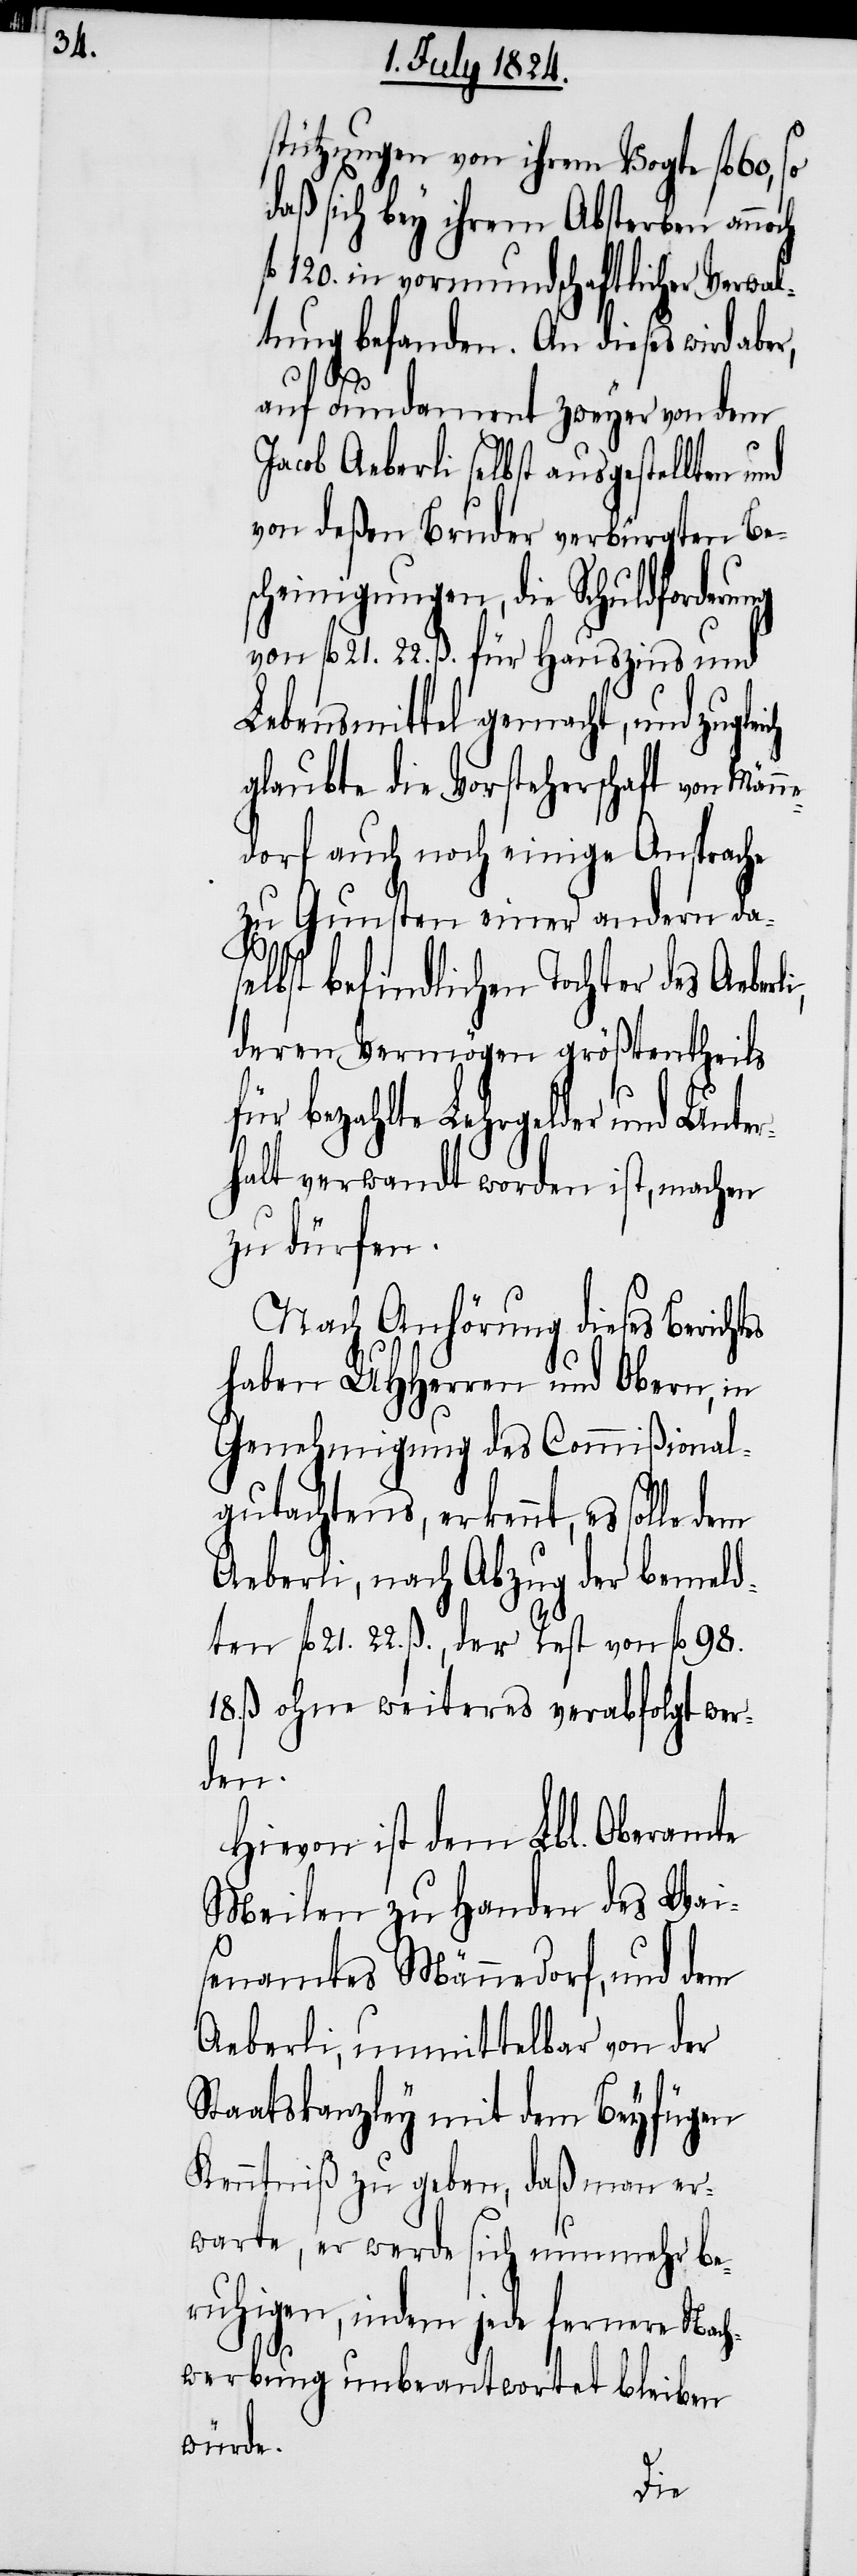
stützungen von ihrem Vogte fl. 60,
daß sich bey ihrem Absterben annoch
120. in vormundschaftlicher Verwal¬
tung befanden. An dieses wird abe¬
es
ich
auf Fundament zweyer von dem
Jacob Aeberli selbst ausgestellten
von deßen Bruder verbürgten Be¬
scheinigungen, die Schuldforderung
von fl. 21. 22. ß. für Hauszins und
Lebensmittel gemacht, und zugle¬
glaubte die Vorsteherschaft von Männ¬
edorf auch noch einige Ansprache
zu Gunsten einer andern das¬
elbst befindlichen Tochter des
deren Vermögen größtentheils
für bezahlte Lehrgelder und Unter¬
halt verwandt worden ist, machen
zu dürfen.
Nach Anhörung dieses Bericht¬
haben UHHerren und Obern, in
Genehmigung des Commißional¬
gutachtens, erkennt, es solle
Aeberli, nach Abzug der bemeld¬
ten fl. 21. 22. ß., der Rest von fl. 98.
18. ß. ohne weiters verabfolgt wer¬
den.
Hiervon ist dem Lbl. Oberamte
Meilen zu Handen des Wai¬
senamtes Männedorf, und dem
Aeberli, unmittelbar von der
Staatskanzley mit dem Beyfügen
Kenntniß zu geben, daß man er¬
warte, er werde sich nunmehr be¬
ruhigen, indem jede fernere Nach¬
werbung unbeantwortet bleiben
würde.